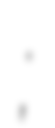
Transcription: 陳金德;